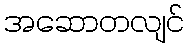
အဆောတလျင်